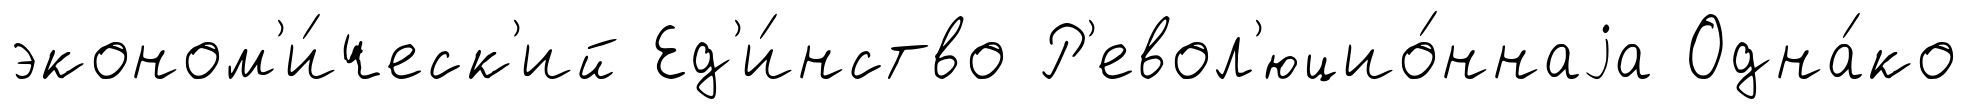
эконом'и́ческ'ий Ед'и́нство Р'евол'юцио́ннаjа Одна́ко